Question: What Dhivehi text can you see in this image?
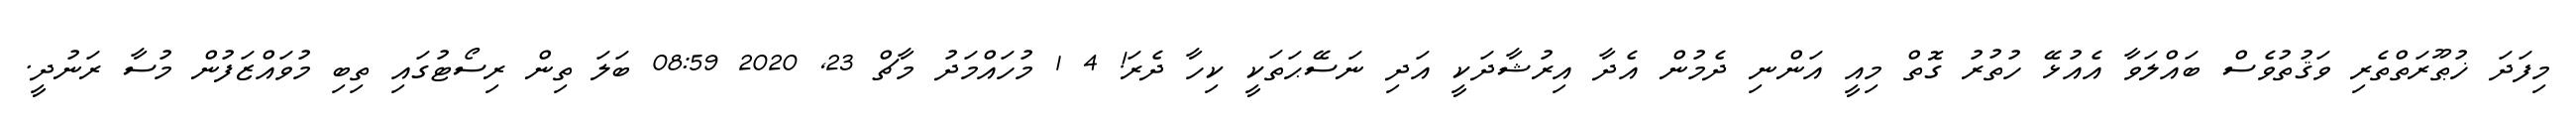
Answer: މިފަދަ ޚުޠޫރަތްތެރި ވަޤުތުވެސް ބައްލަވާ އެއުޅޭ ހުތުރު ގޮތް މިއީ އަންނި ދެމުން އެދާ އިރުޝާދަކީ އަދި ނަސޭޙަތަކީ ކިހާ ދެރަ! 4 1 މުހައްމަދު މާޗް 23, 2020 08:59 ބަލަ ތިން ރިސޯޓުގައި ތިބި މުވައްޒަފުން މުސާ ރަނުދީ.